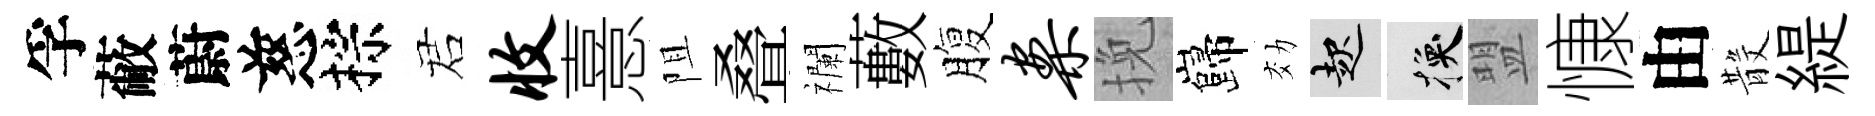
孚蔽蔚慈棕诺收憙阻叠襴藪腹案挽巋効起换盟慷由𣪚緹